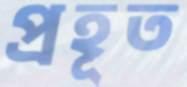
প্রহূত